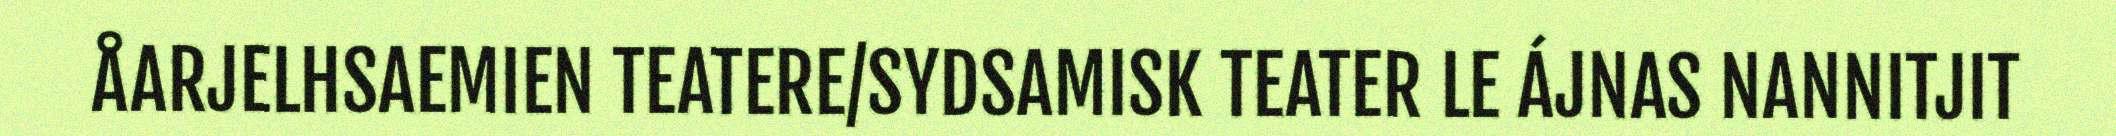
ÅARJELHSAEMIEN TEATERE/SYDSAMISK TEATER LE ÁJNAS NANNITJIT